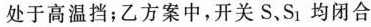
处于高温挡；乙方案中，开关S、S_{1}均闭合